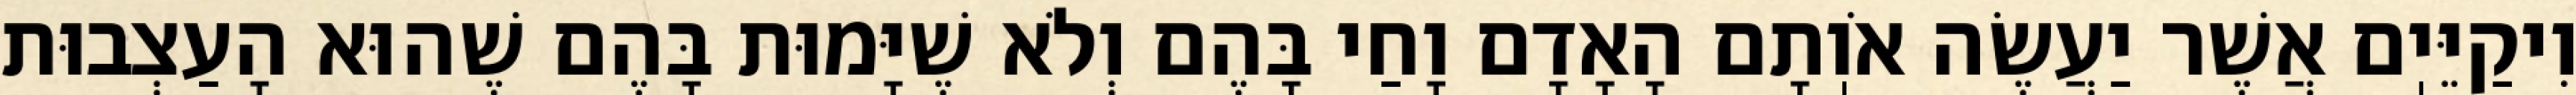
וִיקַיֵּיֽם אֲשֶׁר יַעֲשֶׂה אֹוֽתָם הָאָדָם וָחַי בָּהֶם וְלֹא שֶׁיָּמוּת בָּהֶם שֶׁהוּא הָעַצְבוּת